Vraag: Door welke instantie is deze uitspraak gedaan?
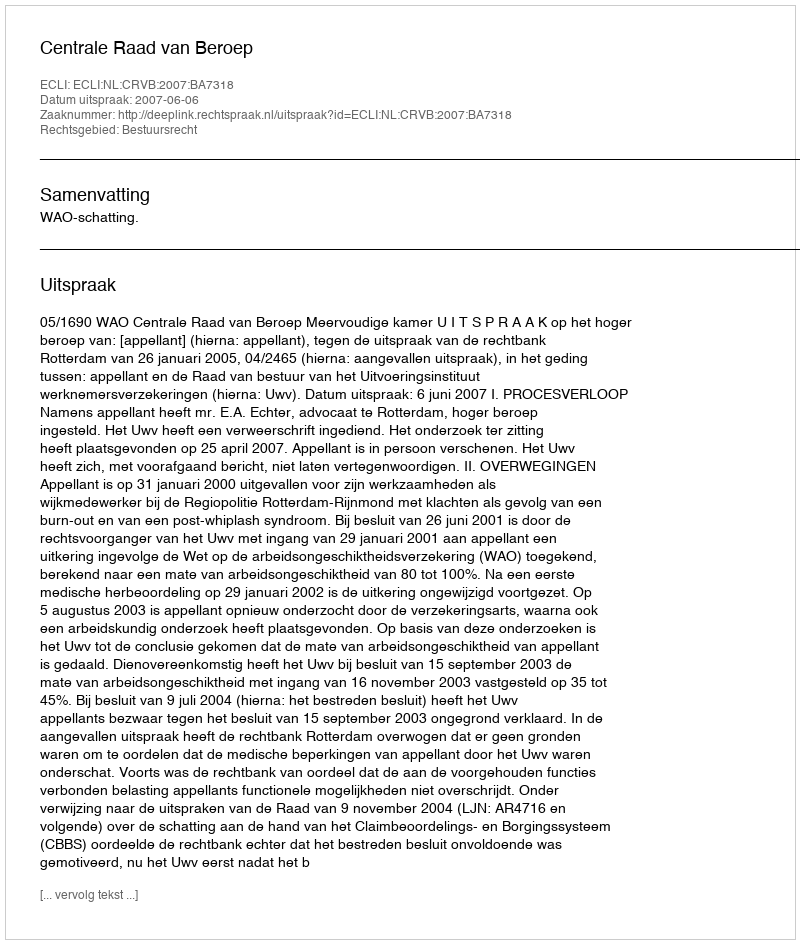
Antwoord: Centrale Raad van Beroep